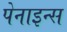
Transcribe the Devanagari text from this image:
पेनाइन्स